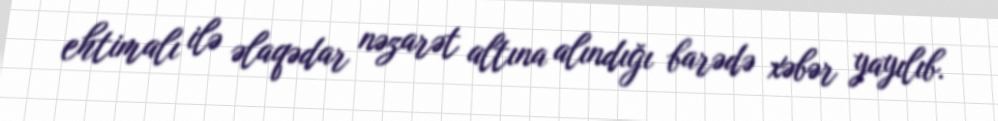
ehtimalı ilə əlaqədar nəzarət altına alındığı barədə xəbər yayılıb.